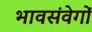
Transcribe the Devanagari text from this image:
भावसंवेगों